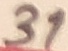
Text: 31